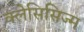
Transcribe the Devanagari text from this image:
क्लेसिसिज्म